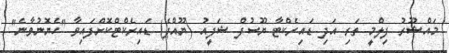
މައްޝޫރު ފިލްމީ ތަރި އަދި ޑައިރެކްޓާ ޔޫސުފް ޝަފީއު (ޔޫއްޕެ) ޑައިރެކްޓްކޮށްފައިވާ "ހެޔޮނުވާނެ"